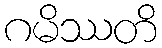
ဂမိဿတိ